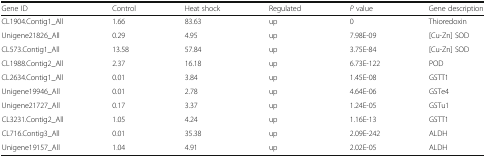
<table><thead><tr><td><b>Gene ID</b></td><td><b>Control</b></td><td><b>Heat shock</b></td><td><b>Regulated</b></td><td><b><i>P</i> value</b></td><td><b>Gene description</b></td></tr></thead><tbody><tr><td>CL1904.Contig1_All</td><td>1.66</td><td>83.63</td><td>up</td><td>0</td><td>Thioredoxin</td></tr><tr><td>Unigene21826_All</td><td>0.29</td><td>4.95</td><td>up</td><td>7.98E-09</td><td>[Cu-Zn] SOD</td></tr><tr><td>CL573.Contig1_All</td><td>13.58</td><td>57.84</td><td>up</td><td>3.75E-84</td><td>[Cu-Zn] SOD</td></tr><tr><td>CL1988.Contig2_All</td><td>2.37</td><td>16.18</td><td>up</td><td>6.73E-122</td><td>POD</td></tr><tr><td>CL2634.Contig1_All</td><td>0.01</td><td>3.84</td><td>up</td><td>1.45E-08</td><td>GSTT1</td></tr><tr><td>Unigene19946_All</td><td>0.01</td><td>2.78</td><td>up</td><td>4.64E-06</td><td>GSTe4</td></tr><tr><td>Unigene21727_All</td><td>0.17</td><td>3.37</td><td>up</td><td>1.24E-05</td><td>GSTu1</td></tr><tr><td>CL3231.Contig2_All</td><td>1.05</td><td>4.24</td><td>up</td><td>1.16E-13</td><td>GSTT1</td></tr><tr><td>CL716.Contig3_All</td><td>0.01</td><td>35.38</td><td>up</td><td>2.09E-242</td><td>ALDH</td></tr><tr><td>Unigene19157_All</td><td>1.04</td><td>4.91</td><td>up</td><td>2.02E-05</td><td>ALDH</td></tr></tbody></table>